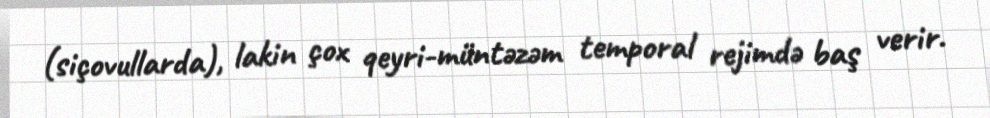
(siçovullarda), lakin çox qeyri-müntəzəm temporal rejimdə baş verir.